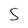
Character: 5